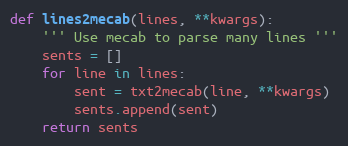
Language: Python
def lines2mecab(lines, **kwargs):
    ''' Use mecab to parse many lines '''
    sents = []
    for line in lines:
        sent = txt2mecab(line, **kwargs)
        sents.append(sent)
    return sents